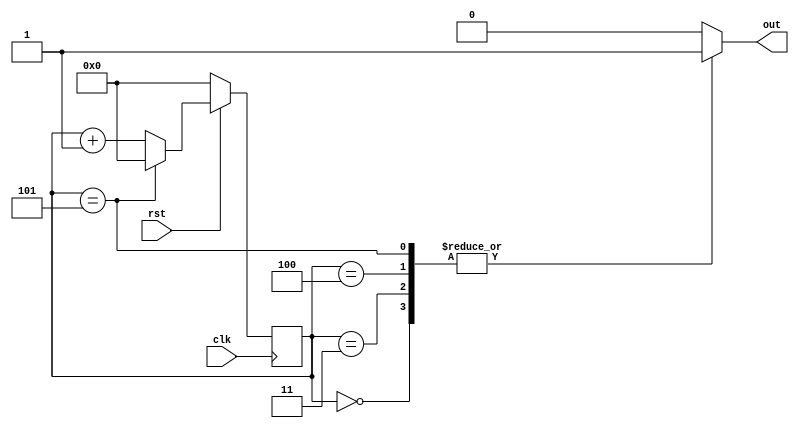
module signal_creater_3 (
    input clk,rst,
    output out
);
reg [3:0]count;
reg out;
initial begin
    count<=3'b000;
end
   always @(posedge clk) begin
    if (~rst) begin
        count<=3'b000;
    end else begin
        if (count==3'b101) begin
            count<=3'b000;
        end else begin
            count<=count+1;
        end
    end
   end 
   always @(count) begin
        case (count)
            3'b000:out=1;
            3'b001:out=0;
            3'b010:out=0;
            3'b011:out=1;
            3'b100:out=1;
            3'b101:out=1; 
            default: out=0;
        endcase
   end
endmodule